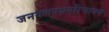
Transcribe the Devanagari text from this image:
जनगणपथपरिचायक